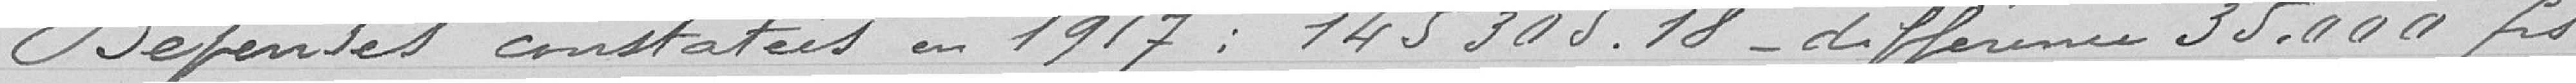
Dépenses constatées en 1917 : 145305.18_ différence 35.000 frs